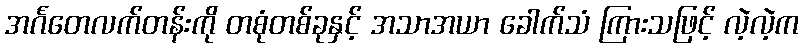
အင်္ဂတေလက်တန်းကို တစုံတစ်ခုနှင့် အသာအယာ ခေါက်သံ ကြားသဖြင့် လဲ့လဲ့က